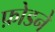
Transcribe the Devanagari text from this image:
फ़ोडने